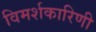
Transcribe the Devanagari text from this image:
विमर्शकारिणी